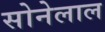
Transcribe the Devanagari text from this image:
सोनेलाल